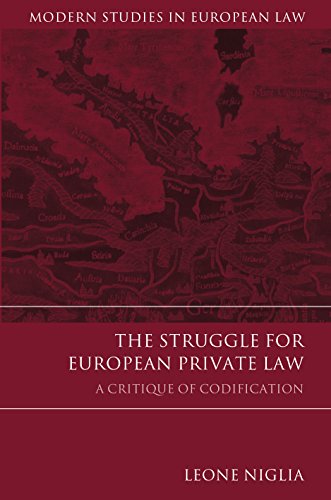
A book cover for The Struggle for European Private Law: A Critique of Codification (Modern Studies in European Law); Leone Niglia; Law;